Tezpur Lunatic Asylum reports 1877-1894 - 1877-1894
Year: 1877
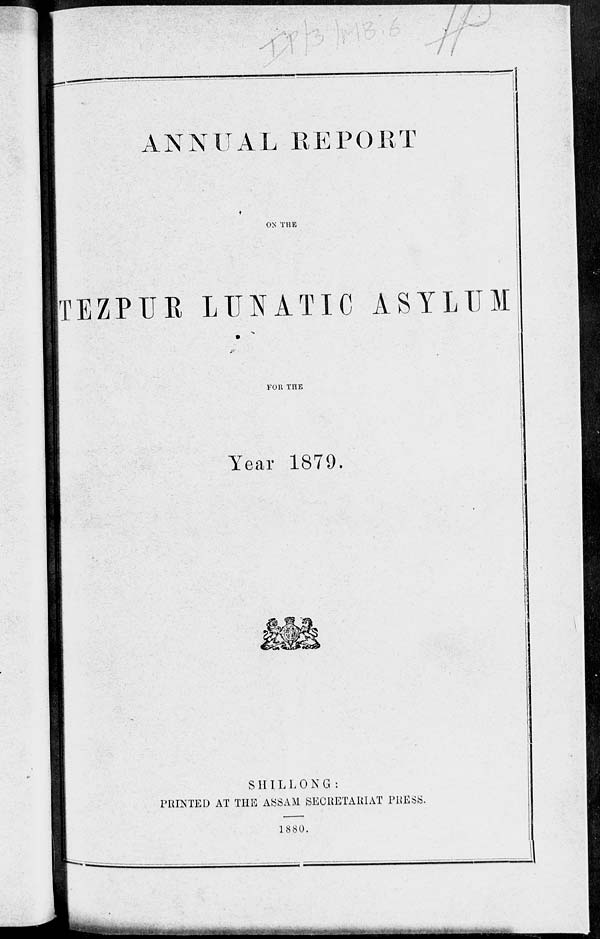
.
ANNUAL REPORT
ON THE
TEZPUK LUNATIC ASYLUM
.
FOR THE
Year 1879.
m
I
SHIL L0 NG:
PRINTED AT THE ASSAM SECRETARIAT TRESS.
1880.
^I^JI^^^^I^J^^^^J-^^^^^^^-^^^
' ■"•■■ ,' '•■».•• tit iA
«